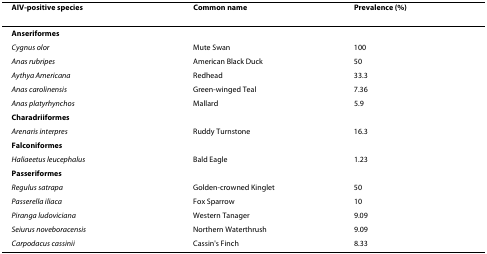
<table><thead><tr><td><b>AIV-positive species</b></td><td><b>Common name</b></td><td><b>Prevalence (%)</b></td></tr></thead><tbody><tr><td><b>Anseriformes</b></td><td></td><td></td></tr><tr><td><i>Cygnus olor</i></td><td>Mute Swan</td><td>100</td></tr><tr><td><i>Anas rubripes</i></td><td>American Black Duck</td><td>50</td></tr><tr><td><i>Aythya Americana</i></td><td>Redhead</td><td>33.3</td></tr><tr><td><i>Anas carolinensis</i></td><td>Green-winged Teal</td><td>7.36</td></tr><tr><td><i>Anas platyrhynchos</i></td><td>Mallard</td><td>5.9</td></tr><tr><td><b>Charadriiformes</b></td><td></td><td></td></tr><tr><td><i>Arenaris interpres</i></td><td>Ruddy Turnstone</td><td>16.3</td></tr><tr><td><b>Falconiformes</b></td><td></td><td></td></tr><tr><td><i>Haliaeetus leucephalus</i></td><td>Bald Eagle</td><td>1.23</td></tr><tr><td><b>Passeriformes</b></td><td></td><td></td></tr><tr><td><i>Regulus satrapa</i></td><td>Golden-crowned Kinglet</td><td>50</td></tr><tr><td><i>Passerella iliaca</i></td><td>Fox Sparrow</td><td>10</td></tr><tr><td><i>Piranga ludoviciana</i></td><td>Western Tanager</td><td>9.09</td></tr><tr><td><i>Seiurus noveboracensis</i></td><td>Northern Waterthrush</td><td>9.09</td></tr><tr><td><i>Carpodacus cassinii</i></td><td>Cassin&#x27;s Finch</td><td>8.33</td></tr></tbody></table>